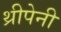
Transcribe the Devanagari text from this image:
थ्रीपेनी